Report of the Indian Hemp Drugs Commission, 1894-1895 - Volume III
Year: 1894
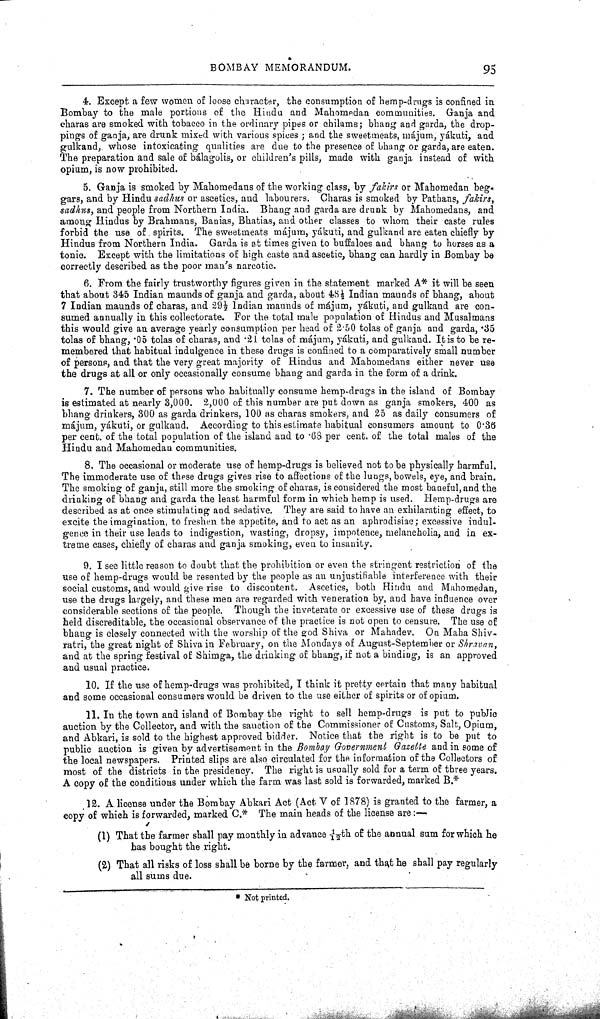
BOMBAY MEMORANDUM.
95
4. Except a few women of loose character, the consumption of hemp-drugs is confined in
Bombay to the male portions of the Hindu and Mahomedan communities. Ganja and
charas are smoked with tobacco in the ordinary pipes or chilams; bhang and garda, the drop-
pings of ganja, are drunk mixed with various spices; and the sweetmeats, májum, yákuti, and
gulkand, whose intoxicating qualities are due to the presence of bhang or garda, are eaten.
The preparation and sale of bálagolis, or children's pills, made with ganja instead of with
opium, is now prohibited.
5. Ganja is smoked by Mahomedans of the working class, by fakirs or Mahomedan beg-
gars, and by Hindu sadhus or ascetics, and labourers. Charas is smoked by Pathans, fakirs,
sadhus, and people from Northern India. Bhang and garda are drunk by Mahomedans, and
among Hindus by Brahmans, Banias, Bhatias, and other classes to whom their caste rules
forbid the use of spirits. The sweetmeats májum, yákuti, and gulkand are eaten chiefly by
Hindus from Northern India. Garda is at times given to buffaloes and bhang to horses as a
tonic. Except with the limitations of high caste and ascetic, bhang can hardly in Bombay be
correctly described as the poor man's narcotic.
6. From the fairly trustworthy figures given in the statement marked A* it will be seen
that about 345 Indian maunds of ganja and garda, about 481/2 Indian maunds of bhang, about
7 Indian maunds of charas, and 291/2 Indian maunds of májum, yákuti, and gulkand are con-
sumed annually in this collectorate. For the total male population of Hindus and Musalmans
this would give an average yearly consumption per head of 2.50 tolas of ganja and garda, .35
tolas of bhang, .05 tolas of charas, and .21 tolas of májum, yákuti, and gulkand. It is to be re-
membered that habitual indulgence in these drugs is confined to a comparatively small number
of persons, and that the very great majority of Hindus and Mahomedans either never use
the drugs at all or only occasionally consume bhang and garda in the form of a drink.
7. The number of persons who habitually consume hemp-drugs in the island of Bombay
is estimated at nearly 3,000. 2,000 of this number are put down as ganja smokers, 400 as
bhang drinkers, 300 as garda drinkers, 100 as charas smokers, and 25 as daily consumers of
májum, yákuti, or gulkand. According to this estimate habitual consumers amount to 0.36
per cent. of the total population of the island and to .68 per cent. of the total males of the
Hindu and Mahomedan communities.
8. The occasional or moderate use of hemp-drugs is believed not to be physically harmful.
The immoderate use of these drugs gives rise to affections of the lungs, bowels, eye, and brain.
The smoking of ganja, still more the smoking of charas, is considered the most baneful, and the
drinking of bhang and garda the least harmful form in which hemp is used. Hemp-drugs are
described as at once stimulating and sedative. They are said to have an exhilarating effect, to
excite the imagination, to freshen the appetite, and to act as an aphrodisiac; excessive indul-
gence in their use leads to indigestion, wasting, dropsy, impotence, melancholia, and in ex-
treme cases, chiefly of charas and ganja smoking, even to insanity.
9. I see little reason to doubt that the prohibition or even the stringent restriction of the
use of hemp-drugs would be resented by the people as an unjustifiable interference with their
social customs, and would give rise to discontent. Ascetics, both Hindu and Mahomedan,
use the drugs largely, and these men are regarded with veneration by, and have influence over
considerable sections of the people. Though the inveterate or excessive use of these drugs is
held discreditable, the occasional observance of the practice is not open to censure. The use of
bhang is closely connected with the worship of the god Shiva or Mahadev. On Maha Shiv-
ratri, the great night of Shiva in February, on the Mondays of August-September or Shravan,
and at the spring festival of Shimga, the drinking of bhang, if not a binding, is an approved
and usual practice.
10. If the use of hemp-drugs was prohibited, I think it pretty certain that many habitual
and some occasional consumers would be driven to the use either of spirits or of opium.
11. In the town and island of Bombay the right to sell hemp-drugs is put to public
auction by the Collector, and with the sanction of the Commissioner of Customs, Salt, Opium,
and Abkari, is sold to the highest approved bidder. Notice that the right is to be put to
public auction is given by advertisement in the Bombay Government Gazette and in some of
the local newspapers. Printed slips are also circulated for the information of the Collectors of
most of the districts in the presidency. The right is usually sold for a term of three years.
A copy of the conditions under which the farm was last sold is forwarded, marked B.*
12. A.license under the Bombay Abkari Act (Act V of 1878) is granted to the farmer, a
copy of which is forwarded, marked C.* The main heads of the license are:—
(1) That the farmer shall pay monthly in advance 1/12th of the annual sum for which he
has bought the right.
(2) That all risks of loss shall be borne by the farmer, and that he shall pay regularly
all sums due.
*Not printed.